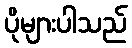
ပိုများပါသည်